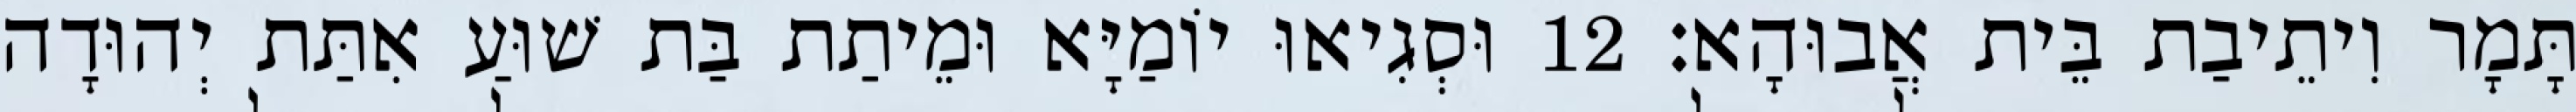
תָּמָר וִיתֵיבַת בֵּית אֲבוּהָא׃ 12 וּסְגִיאוּ יוֹמַיָּא וּמֵיתַת בַּת שׁוּעַ אִתַּת יְהוּדָה